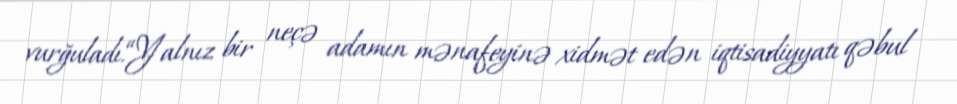
vurğuladı.“Yalnız bir neçə adamın mənafeyinə xidmət edən iqtisadiyyatı qəbul